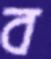
ব